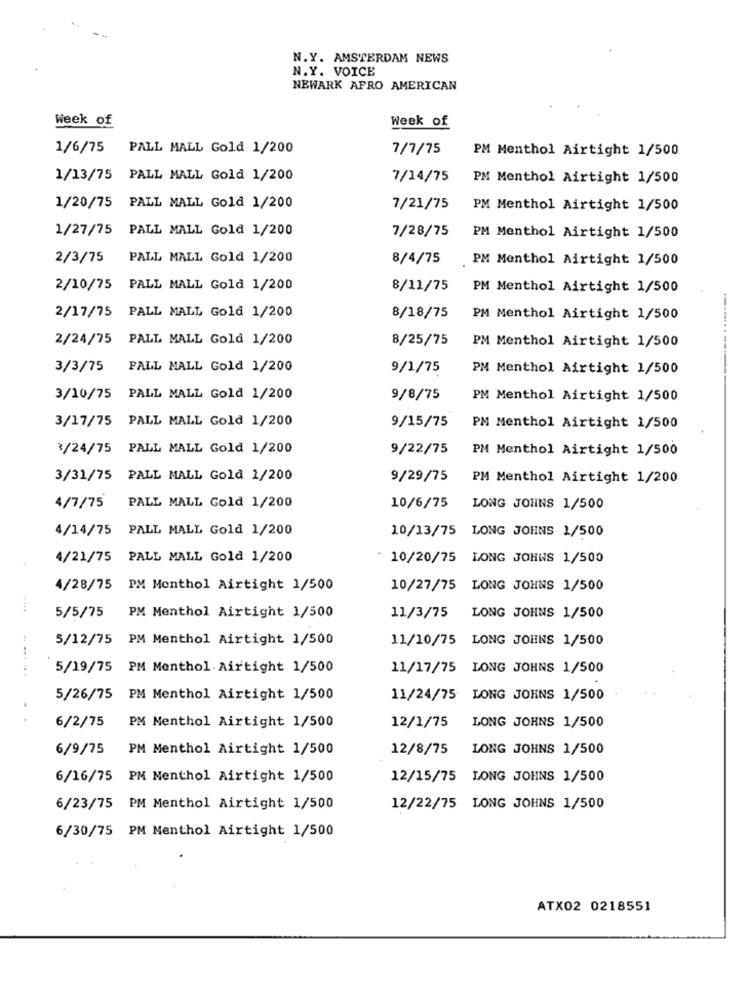
N.Y. AMSTERDAM NEWS
N.Y. VOICE
NEWARK AFRO AMERICAN
Week of
Week of
1/6/75
PALL MALL Gold 1/200
7/7/75
PM Menthol Airtight 1/500
1/13/75 PALL MALL Gold 1/200
7/14/75
PM Menthol Airtight 1/500
1/20/75 PALL MALL Gold 1/200
7/21/75
PM Menthol Airtight 1/500
1/27/75 PALL MALL Gold 1/200
7/28/75
PM Menthol Airtight 1/500
2/3/75
PALL MALL Gold 1/200
8/4/75
PM Menthol Airtight 1/500
2/10/75
PALL MALL Gold 1/200
8/11/75
PM Menthol Airtight 1/500
2/17/75 PALL MALL Gold 1/200
8/18/75
PM Menthol Airtight 1/500
2/24/75 PALL MALL Gold 1/200
8/25/75
PM Menthol Airtight 1/500
3/3/75
PALL MALL Gold 1/200
9/1/75
PM Menthol Airtight 1/500
3/10/75 PALL MALL Gold 1/200
9/8/75
PM Menthol Airtight 1/500
3/17/75 PALL MALL Gold 1/200
9/15/75
PM Menthol Airtight 1/500
3/24/75 PALL MALL Gold 1/200
9/22/75
PM Menthol Airtight 1/500
3/31/75 PALL MALL Gold 1/200
9/29/75
PM Menthol Airtight 1/200
PALL MALL Gold 1/200
4/7/75
10/6/75
LONG JOHNS 1/500
4/14/75 PALL MALL Gold 1/200
10/13/75 LONG JOHNS 1/500
4/21/75 PALL MALL Gold 1/200
· 10/20/75 LONG JOHNS 1/500
4/28/75 PM Menthol Airtight 1/500
10/27/75 LONG JOHNS 1/500
....
5/5/75
PM Menthol Airtight 1/500
11/3/75
LONG JOHNS 1/500
5/12/75 PM Menthol Airtight 1/500
11/10/75 LONG JOHNS 1/500
5/19/75 PM Menthol. Airtight 1/500
11/17/75 LONG JOHNS 1/500
5/26/75 PM Menthol Airtight 1/500
11/24/75 LONG JOHNS 1/500
..
PM Menthol Airtight 1/500
LONG JOHNS 1/500
6/2/75
12/1/75
6/9/75
PM Menthol Airtight 1/500
12/8/75
LONG JOHNS 1/500
6/16/75 PM Menthol Airtight 1/500
12/15/75 LONG JOHNS 1/500
6/23/75 PM Menthol Airtight 1/500
12/22/75 LONG JOHNS 1/500
6/30/75 PM Menthol Airtight 1/500
ATX02 0218551